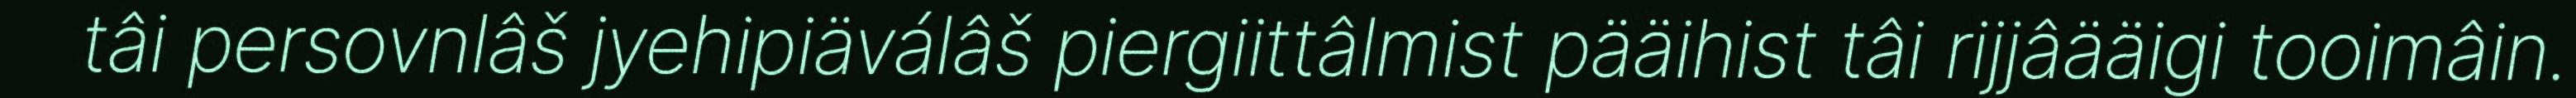
tâi persovnlâš jyehipiäválâš piergiittâlmist pääihist tâi rijjâääigi tooimâin.